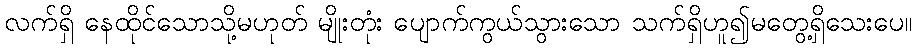
လက်ရှိ နေထိုင်သောသို့မဟုတ် မျိုးတုံး ပျောက်ကွယ်သွားသော သက်ရှိဟူ၍မတွေ့ရှိသေးပေ။